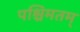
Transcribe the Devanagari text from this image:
पश्चिमतम्